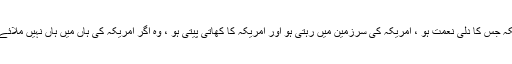
ایسی عالمی تنظیم کہ امریکہ جس کا دلی نعمت ہو ، امریکہ کی سرزمین میں رہتی ہو اور امریکہ کا کھاتی پیتی ہو ، وہ اگر امریکہ کی ہاں میں ہاں نہیں ملائے گی تو اور کیا کرے گی؟